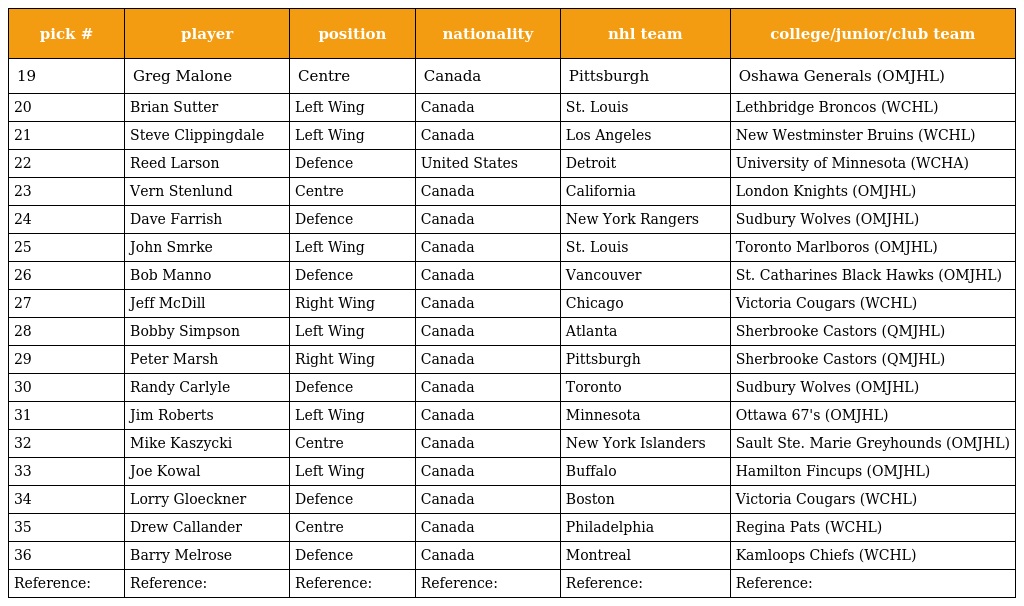
| pick # | player | position | nationality | nhl team | college/junior/club team |
 | --- | --- | --- | --- | --- | --- |
 | 19 | Greg Malone | Centre | Canada | Pittsburgh | Oshawa Generals (OMJHL) |
 | 20 | Brian Sutter | Left Wing | Canada | St. Louis | Lethbridge Broncos (WCHL) |
 | 21 | Steve Clippingdale | Left Wing | Canada | Los Angeles | New Westminster Bruins (WCHL) |
 | 22 | Reed Larson | Defence | United States | Detroit | University of Minnesota (WCHA) |
 | 23 | Vern Stenlund | Centre | Canada | California | London Knights (OMJHL) |
 | 24 | Dave Farrish | Defence | Canada | New York Rangers | Sudbury Wolves (OMJHL) |
 | 25 | John Smrke | Left Wing | Canada | St. Louis | Toronto Marlboros (OMJHL) |
 | 26 | Bob Manno | Defence | Canada | Vancouver | St. Catharines Black Hawks (OMJHL) |
 | 27 | Jeff McDill | Right Wing | Canada | Chicago | Victoria Cougars (WCHL) |
 | 28 | Bobby Simpson | Left Wing | Canada | Atlanta | Sherbrooke Castors (QMJHL) |
 | 29 | Peter Marsh | Right Wing | Canada | Pittsburgh | Sherbrooke Castors (QMJHL) |
 | 30 | Randy Carlyle | Defence | Canada | Toronto | Sudbury Wolves (OMJHL) |
 | 31 | Jim Roberts | Left Wing | Canada | Minnesota | Ottawa 67's (OMJHL) |
 | 32 | Mike Kaszycki | Centre | Canada | New York Islanders | Sault Ste. Marie Greyhounds (OMJHL) |
 | 33 | Joe Kowal | Left Wing | Canada | Buffalo | Hamilton Fincups (OMJHL) |
 | 34 | Lorry Gloeckner | Defence | Canada | Boston | Victoria Cougars (WCHL) |
 | 35 | Drew Callander | Centre | Canada | Philadelphia | Regina Pats (WCHL) |
 | 36 | Barry Melrose | Defence | Canada | Montreal | Kamloops Chiefs (WCHL) |
 | Reference: | Reference: | Reference: | Reference: | Reference: | Reference: |